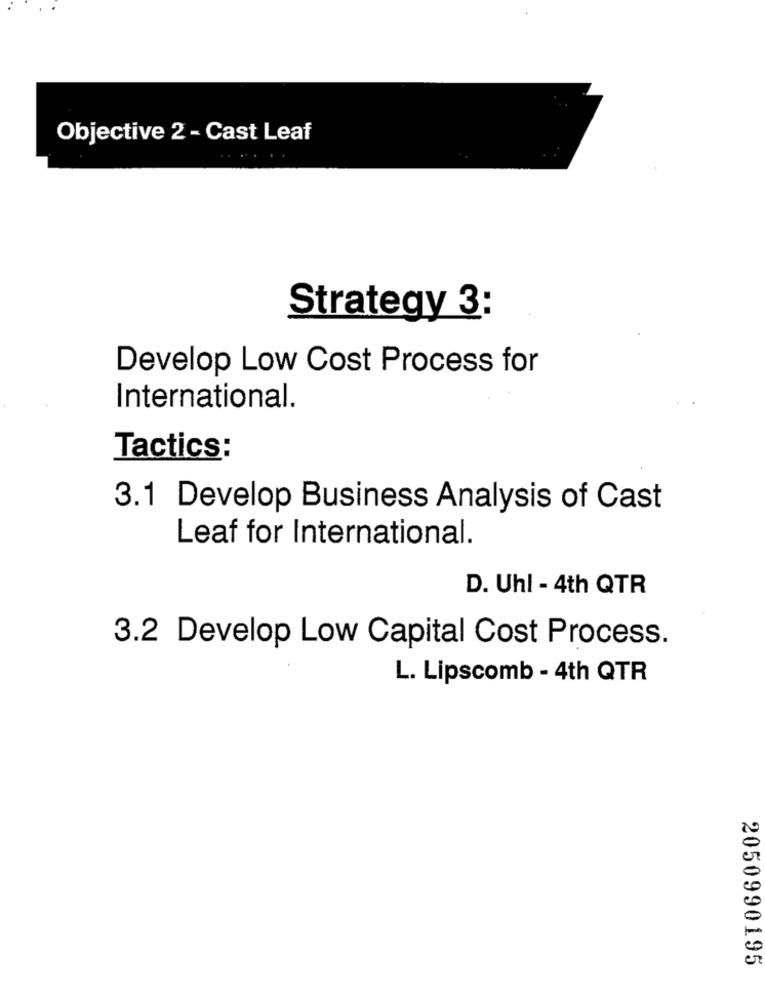
Objective 2 - Cast Leaf
Strategy 3:
Develop Low Cost Process for
International.
Tactics:
3.1 Develop Business Analysis of Cast
Leaf for International.
D. Uhl - 4th QTR
3.2 Develop Low Capital Cost Process.
L. Lipscomb - 4th QTR
2050990195